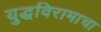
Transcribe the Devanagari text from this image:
युद्धविरामाचा